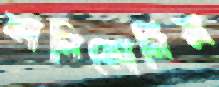
কালিফোর্নিয়া